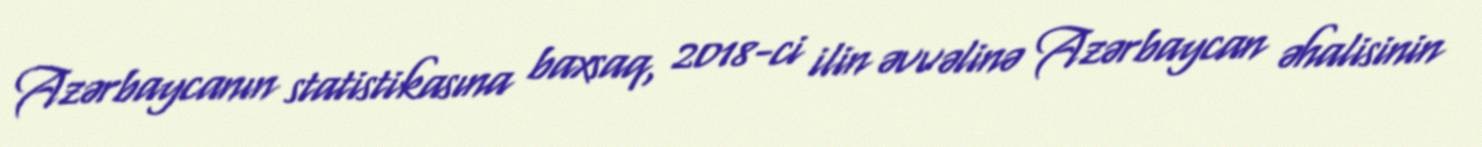
Azərbaycanın statistikasına baxsaq, 2018-ci ilin əvvəlinə Azərbaycan əhalisinin